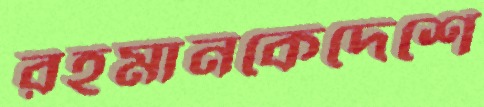
রহমানকেদেশে